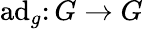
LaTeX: \operatorname{ad}_{g}\colon G\to G